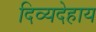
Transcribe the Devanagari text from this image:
दिव्यदेहाय